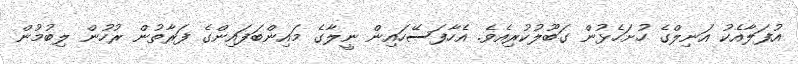
އުފަލާއެކު އަނިލްގެ ހުށަހެޅުން ގަބޫލުކުރިއެވެ. އެހާފަސޭހައިން ނީލާގެ މައިންބަފައިންގެ ފަރާތުން ރުހުން ލިބުމުން